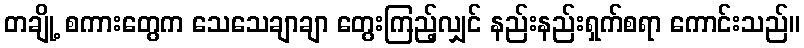
တချို့ စကားတွေက သေသေချာချာ တွေးကြည့်လျှင် နည်းနည်းရှက်စရာ ကောင်းသည်။